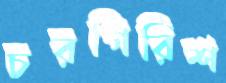
চরগিরিশ